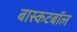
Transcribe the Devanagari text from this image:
बास्कटबॉल